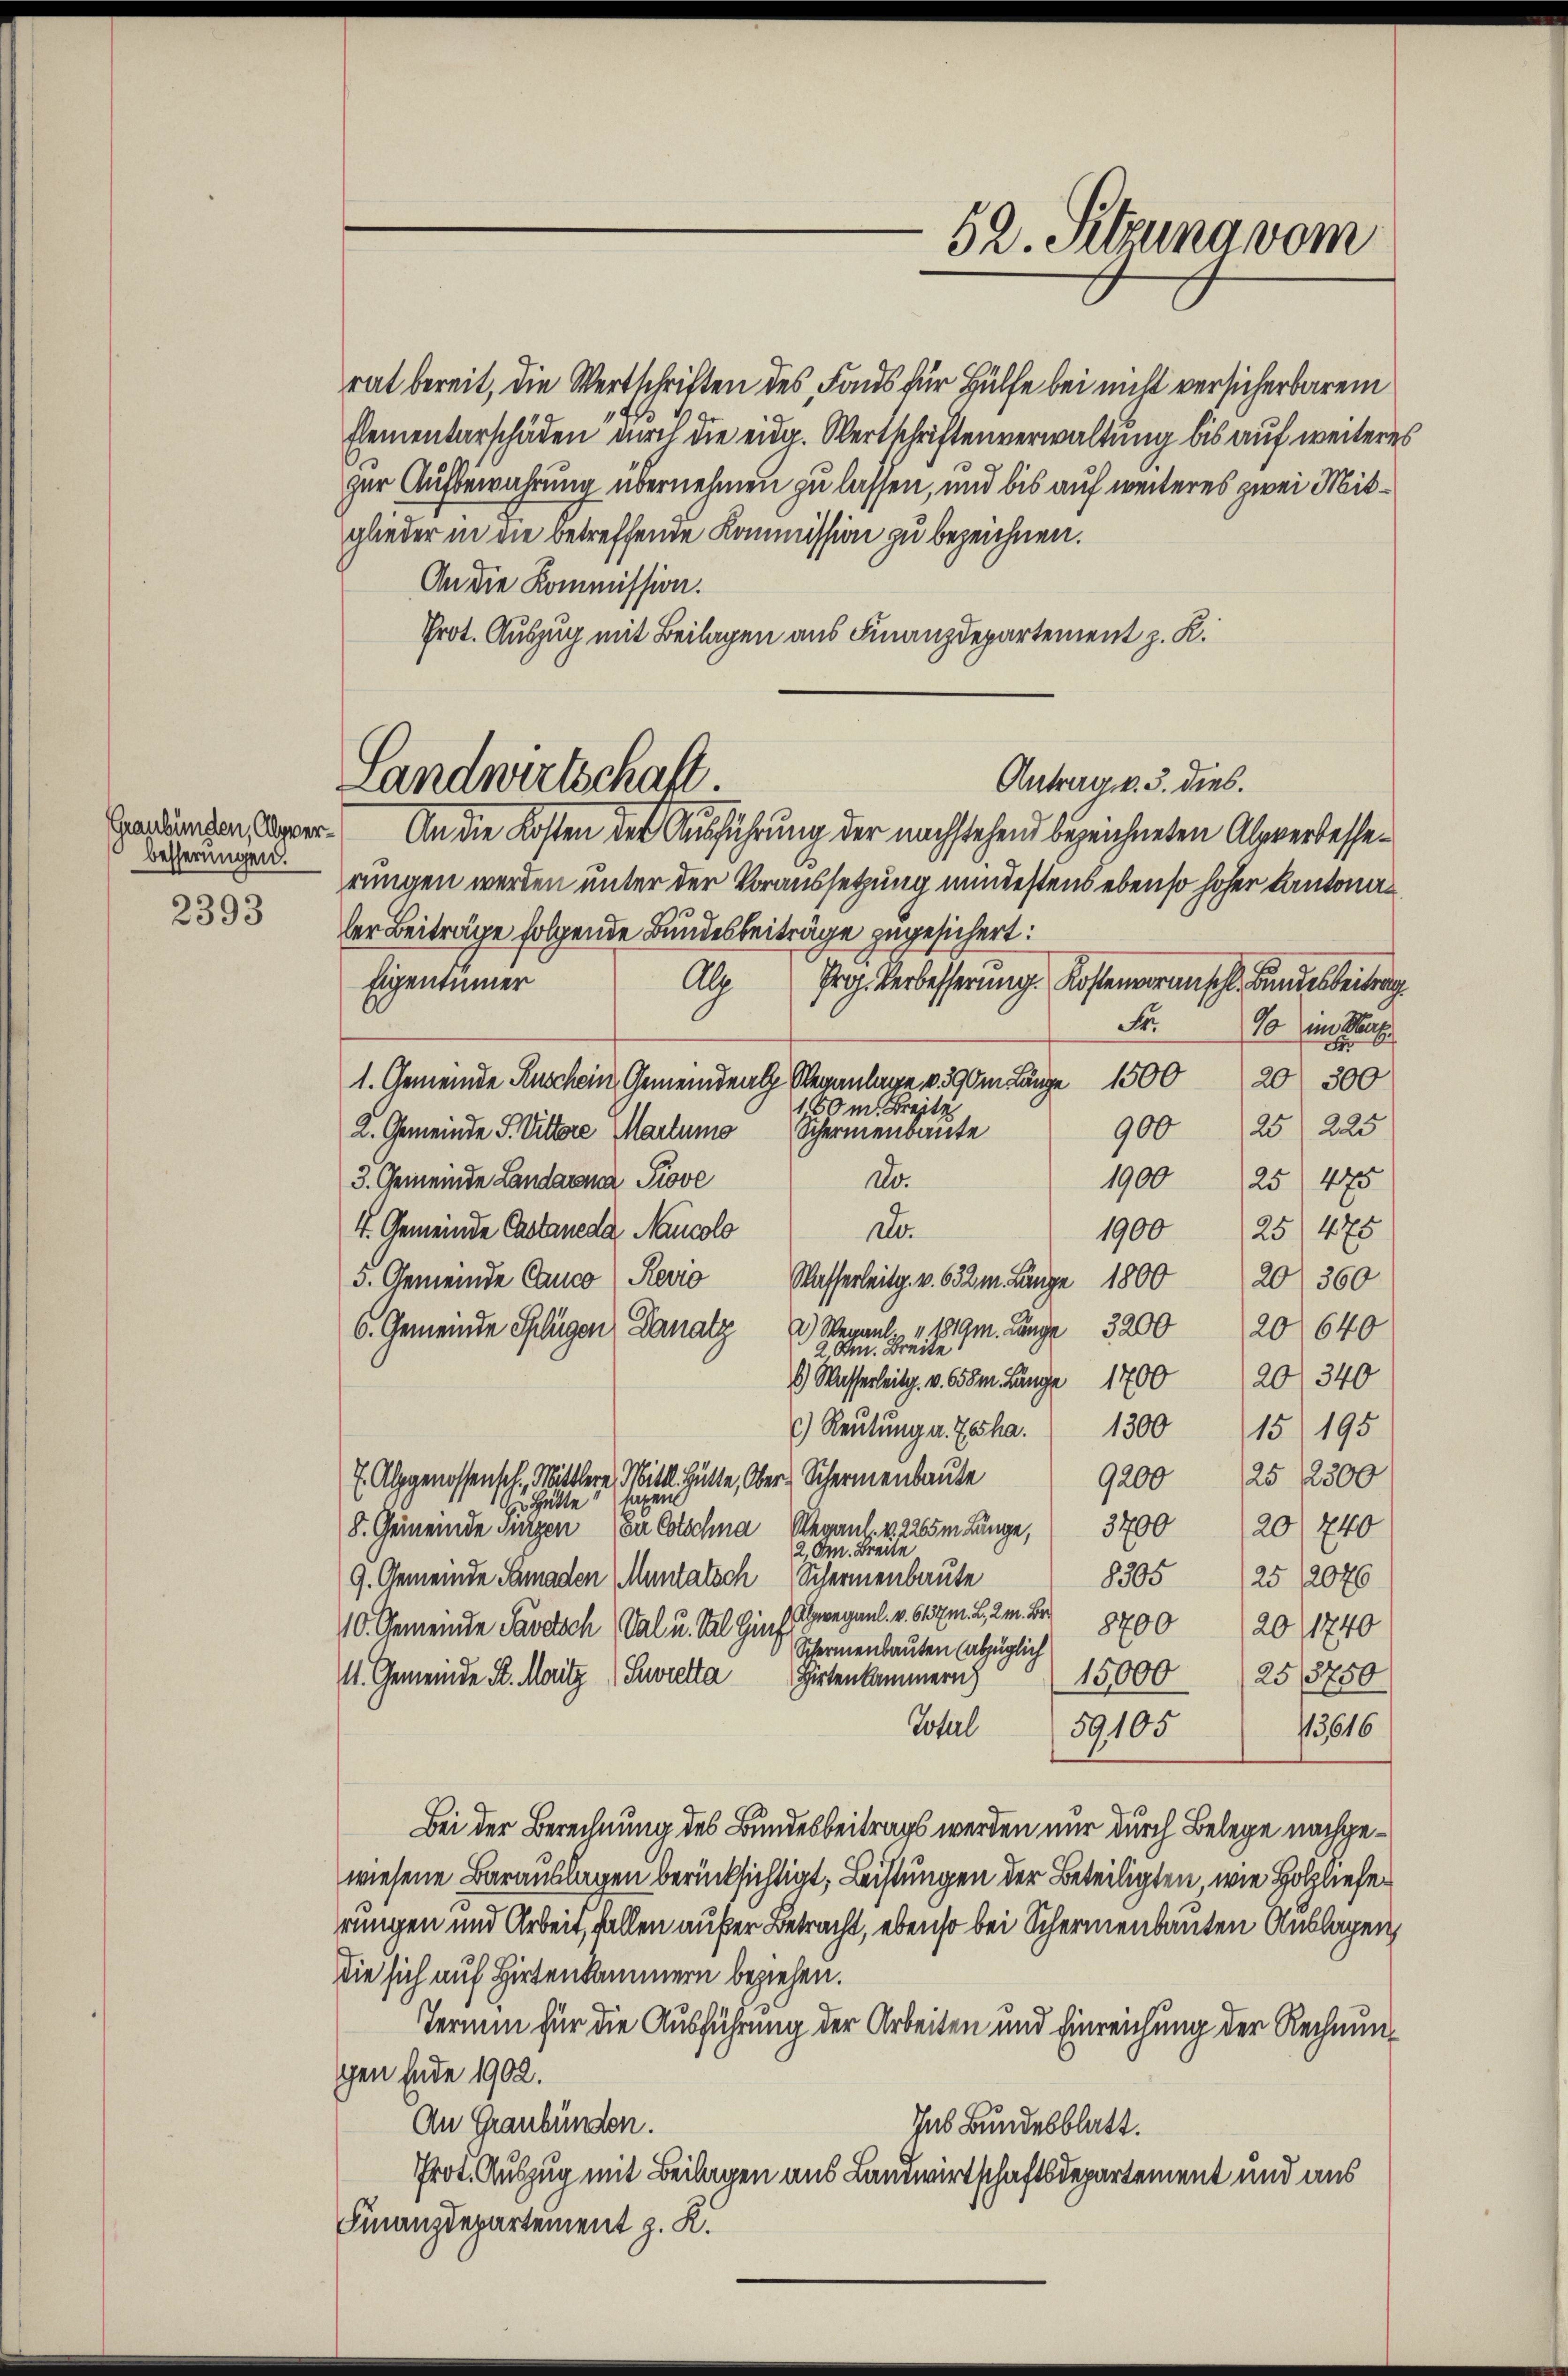
Graubünden, Allgverbesserungen.

2393

rat bereit, die Wertschriften des Faus für Hülfe bei nicht versicherbarem
Elementarschäden durch die eidg. Wertschriftenverwaltung bis auf weiteres
zur Aufbewahrung übernehmen zu lassen, und bis auf weiteres zwei Mitglieder in die betreffende Kommission zu bezeichnen.
An die Kommission.
Prot. Auszug mit Beilagen aus Finanzdepartement z. K.

Landwirtschaft.
Antrag v. 3. dies.
An die Kosten der Ausführung der nachstehend bezeichneten Alpverbesse¬

52. Sitzuna vom

rungen werden unter der Voraussetzung mindestens ebenso hoher Kantonader Beiträge folgende Bundesbeiträge zugesichert:
Eigentümer
Alp Prof. Verbesserŭng. Kostenoranschl. Bundesbeitrag
Fr.
10 im Hau
einhei
1. Gemeinde Ruschein Gemeindeal Veranlage v. 390m Länge 1500 20  300
150 m Breite
2. Gemeinde S. Vittore Martums
Schermenbaute
1900
3. Gemeinde Landarma Piove
Ao.
1900
4. Gemeinde Castaneda Nancolo
do
3. Gemeinde Canco (Revio
Wasserleitg. v. 632m Länge 1800
2) Weganl. " " 1019 m. Länge 3200 20 640
6. Gemeinde Splügen Danatz
2 Am Breite!
) Wasserleitg. v. 655m Länge 1700 20 340
) Reŭtŭng a. Gescha.  1300 15 195
7. Alpgenossensch. Mittlere Mittl. Hütte, Ober-Schermenbaute
9200
 Hätte sagen
8. Gemeinde Furzen Da Cotschna Regal. v. 2265m Länge, 3700 20 f 240
2 Om. Breite
25/2076
8305
9. Gemeinde Samaden Muntalsch Schermenbaute
Alpwegaul. v. 6137m. L., 2. M. Bri
8700
20/1740
10. Gemeinde Parisch (Sal u. Sil Gin
Schermenbauten (abzüglich
15,000 (258750
11. Gemeinde Sr. Maitz (Suwretta
Hirtenkammern)
Sohl
59105
113616
Bei der Berechnung des Bundesbeitrags werden nur durch Belege nachgewiesene Barauslagen berücksichtigt, Leistungen der Beteiligten, wie Holzliefe
rungen und Arbeit, fallen außer Betracht, ebenso bei Schermenbauten Anklagen,
die sich auf Hirtenkammern beziehen.
Termin für die Ausführung der Arbeiten und Einreichung der Rechnungen Ende 1902.
An Graubünden.
Ins Bundesblatt.
Prot. Auszug mit Beilagen aus Landwirtschaftsdepartement und aus
Finanzdepartement z. K.

90025 225

25 475
25/475
20/360
25/2300